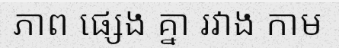
ភាព ផ្សេង គ្នា រវាង កាម